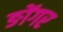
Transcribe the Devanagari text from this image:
ङोंगर